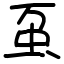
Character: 虿